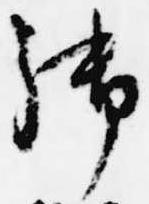
御